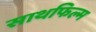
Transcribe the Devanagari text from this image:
साथफिल्म